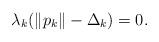
LaTeX: \begin{align*}\lambda_k(\|p_k\|-\Delta_k)=0.\end{align*}